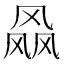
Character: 𱃝